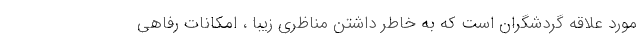
مورد علاقه گردشگران است که به خاطر داشتن مناظری زیبا ، امکانات رفاهی